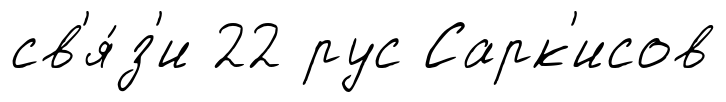
св'я́з'и 22 рус Сарк'исов